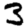
Digit: 3